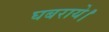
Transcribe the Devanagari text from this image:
घबराये।